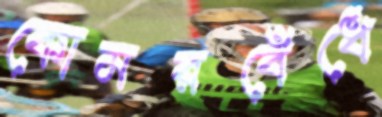
কোমরবেঁধে